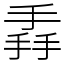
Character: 掱